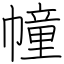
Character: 幢